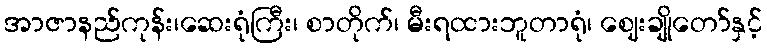
အာဇာနည်ကုန်း၊ဆေးရုံကြီး၊ စာတိုက်၊ မီးရထားဘူတာရုံ၊ ဈေးချိုတော်နှင့်